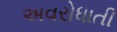
અવરોધાતી